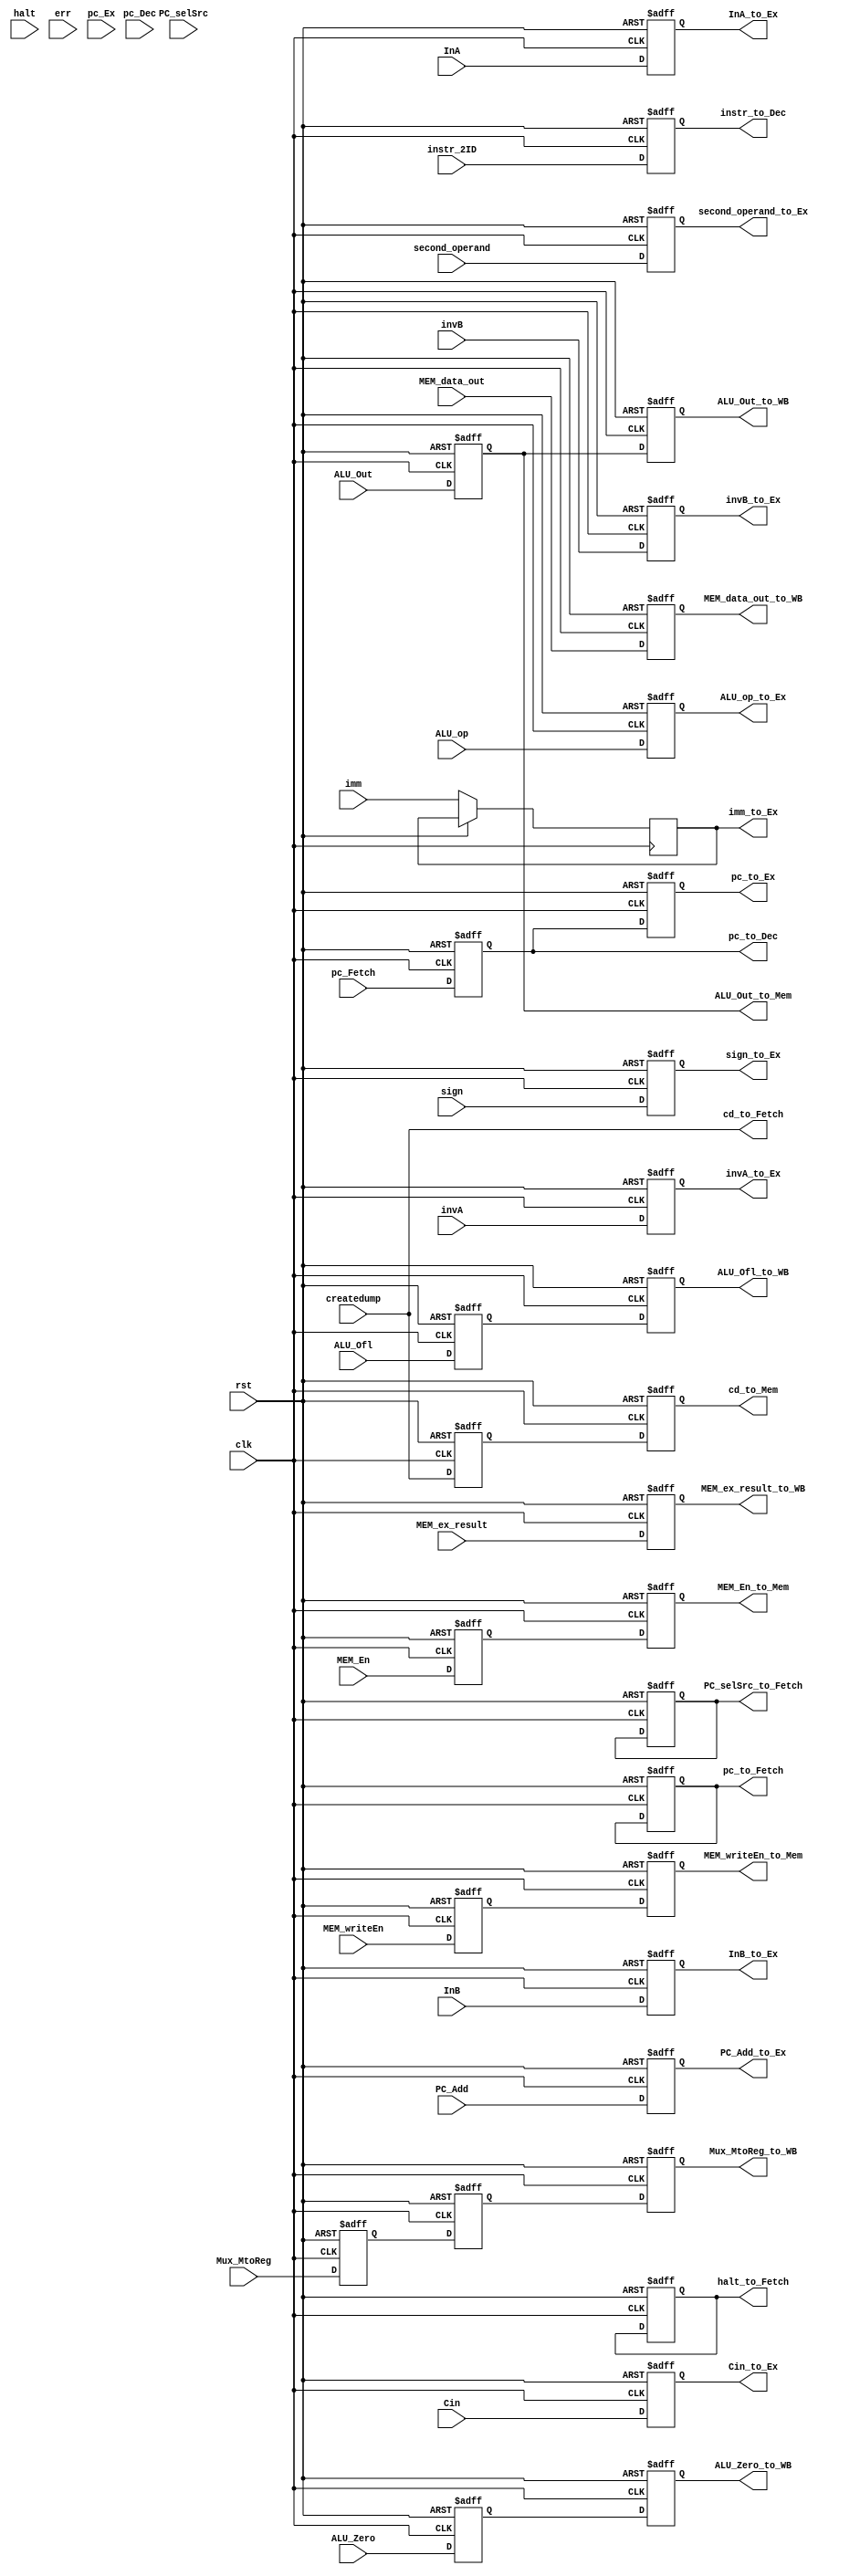
 module pipeline_ctrl(

	// Inputs
	input clk, rst,
	// From fetch
	input [15:0] pc_Fetch,
	input [15:0] instr_2ID,
	
	// From decode
	input createdump, halt, err,
	input Cin, invA, invB, sign,
	input MEM_En, MEM_writeEn, Mux_MtoReg,
	input [15:0] InA, InB, imm,
	input [15:0] pc_Dec,
	input PC_selSrc,
	input [1:0] PC_Add, second_operand,
	input [2:0] ALU_op,

	// From execute
	input ALU_Zero, ALU_Ofl,
	input [15:0] ALU_Out,
	input [15:0] pc_Ex,
	
	// From memory
	input [15:0] MEM_ex_result, MEM_data_out,
	
	// Outputs
	output reg [15:0] pc_to_Dec, pc_to_Ex, pc_to_Fetch,			// PC signals
	output reg [15:0] instr_to_Dec,								// Instruction signal
	output reg cd_to_Mem,										// Createdump
	output reg halt_to_Fetch,									// Halt
	output reg PC_selSrc_to_Fetch,								// PC source selection signal
	
	output reg Cin_to_Ex, invA_to_Ex, invB_to_Ex, sign_to_Ex,	// ALU select signals
	output reg [1:0] PC_Add_to_Ex, second_operand_to_Ex,		// PC_Add and second_operand sent to Ex stage
	output reg [2:0] ALU_op_to_Ex,								// ALU operation signal
	output reg ALU_Zero_to_WB, ALU_Ofl_to_WB,					// ALU Sign/Ofl flags
	output reg [15:0] ALU_Out_to_Mem, ALU_Out_to_WB,			// Output from Ex stage to Mem stage
	output reg [15:0] InA_to_Ex, InB_to_Ex, 					// Inputs to Ex stage
	output reg [15:0] imm_to_Ex,
	
	output reg MEM_En_to_Mem,									// Memory enable signal
	output reg MEM_writeEn_to_Mem,								// Memory write enable signal
	
	output reg [15:0] MEM_ex_result_to_WB,						// Execute stage result, but from memory
	output reg [15:0] MEM_data_out_to_WB,						// Data memory read result
	
	output reg Mux_MtoReg_to_WB,								// Write-back MUX signal 
		
	// Signals that are not pipelined
	output cd_to_Fetch											// Createdump to Fetch stage

	);
	
	reg pause_IF_ID, pause_ID_Ex, pause_Ex_Mem, pause_Mem_WB;	// Used to pause different pipeline modules
	
	reg PC_selSrc_to_Ex;
	reg cd_to_Ex;
	
	reg MEM_En_to_Ex, MEM_writeEn_to_Ex;
	
	reg ALU_Zero_to_Mem;										// ALU_Zero signals 
	reg ALU_Ofl_to_Mem;											// ALU_Ofl signals
	
	reg halt_to_Ex, halt_to_Mem, halt_to_WB;
	
	reg Mux_MtoREg_to_Ex, Mux_MtoREg_to_Mem;
	
	// Registers to hold register addresses (one bit more to distinguish whether they exist or not)
	reg [3:0] IF_ID_Rd, ID_EX_Rd, EX_MEM_Rd;
	reg [3:0] IF_ID_Rs, ID_EX_Rs, EX_MEM_Rs;
	reg [3:0] IF_ID_Rt, ID_EX_Rt, EX_MEM_Rt;
	
	// Signal pipelines
	always @(posedge clk, posedge rst) begin
		
		case (rst)

			1'b1:	begin
			
				pc_to_Dec 				<= 16'h0000	;
				pc_to_Ex 				<= 16'h0000	;
				pc_to_Fetch 			<= 16'h0000	;
				instr_to_Dec 			<= 16'h0000	;				
				cd_to_Mem				<= 1'b0		;							
				halt_to_Fetch			<= 1'b0		;		
				halt_to_Ex				<= 1'b0		;
				halt_to_Mem				<= 1'b0		;
				halt_to_WB				<= 1'b0		;
				PC_selSrc_to_Fetch		<= 1'b0		;					
		
				Cin_to_Ex				<= 1'b0		;
				invA_to_Ex				<= 1'b0		;
				invB_to_Ex				<= 1'b0		;
				sign_to_Ex				<= 1'b0		;	
				PC_Add_to_Ex			<= 2'b00	;
				second_operand_to_Ex	<= 2'b00	;		
				ALU_op_to_Ex			<= 3'b000	;										
				ALU_Out_to_Mem			<= 16'h0000	;	
				ALU_Out_to_WB			<= 16'h0000	;				
		
				MEM_En_to_Mem			<= 1'b0		;								
				MEM_writeEn_to_Mem		<= 1'b0		;								
		
				MEM_ex_result_to_WB		<= 16'h0000	;						
				MEM_data_out_to_WB		<= 16'h0000	;					
		
				Mux_MtoREg_to_Ex		<= 1'b0		;
				Mux_MtoREg_to_Mem		<= 1'b0		;			
				Mux_MtoReg_to_WB		<= 1'b0		;
				
				PC_selSrc_to_Ex			<= 1'b0		;
				cd_to_Ex				<= 1'b0		;
				MEM_En_to_Ex			<= 1'b0		;
				MEM_writeEn_to_Ex		<= 1'b0		;
				ALU_Zero_to_Mem			<= 1'b0		;
				ALU_Zero_to_WB			<= 1'b0		;
				ALU_Ofl_to_Mem			<= 1'b0		;
				ALU_Ofl_to_WB			<= 1'b0		;
				
				InA_to_Ex				<= 16'h0000	;
				InB_to_Ex				<= 16'h0000	;
			
			end
			
			1'b0:	begin
			
				// IF/ID
				pc_to_Dec 				<= pc_Fetch				;
				instr_to_Dec 			<= instr_2ID			;
				
				// ID/EX
				pc_to_Ex				<= pc_to_Dec			;
				halt_to_Ex 				<= halt					;
				PC_selSrc_to_Ex			<= PC_selSrc			;
				cd_to_Ex				<= createdump			;
				Cin_to_Ex				<= Cin					;
				invA_to_Ex				<= invA					;
				invB_to_Ex				<= invB					;
				sign_to_Ex				<= sign					;
				PC_Add_to_Ex			<= PC_Add				;
				second_operand_to_Ex	<= second_operand		;
				ALU_op_to_Ex			<= ALU_op				;
				MEM_En_to_Ex			<= MEM_En				;
				MEM_writeEn_to_Ex		<= MEM_writeEn			;
				Mux_MtoREg_to_Ex		<= Mux_MtoReg			;
				InA_to_Ex				<= InA					;
				InB_to_Ex				<= InB					;
				imm_to_Ex				<= imm					;
				
				// EX/MEM
				cd_to_Mem				<= cd_to_Ex				;
				halt_to_Mem				<= halt_to_Ex			;
				ALU_Out_to_Mem			<= ALU_Out				;
				ALU_Zero_to_Mem			<= ALU_Zero				;
				ALU_Ofl_to_Mem			<= ALU_Ofl				;
				MEM_En_to_Mem			<= MEM_En_to_Ex			;
				MEM_writeEn_to_Mem		<= MEM_writeEn_to_Ex	;
				Mux_MtoREg_to_Mem		<= Mux_MtoREg_to_Ex		;
				
				// MEM/WB
				MEM_ex_result_to_WB		<= MEM_ex_result		;
				MEM_data_out_to_WB		<= MEM_data_out			;
				Mux_MtoReg_to_WB		<= Mux_MtoREg_to_Mem	;
				ALU_Out_to_WB			<= ALU_Out_to_Mem		;
				ALU_Zero_to_WB			<= ALU_Zero_to_Mem		;
				ALU_Ofl_to_WB			<= ALU_Ofl_to_Mem		;
				halt_to_WB				<= halt_to_Mem			;
				
			
			end
		
			default:	begin
			
				pc_to_Dec 				<= 16'h0000	;
				pc_to_Ex 				<= 16'h0000	;
				pc_to_Fetch 			<= 16'h0000	;
				instr_to_Dec 			<= 16'h0000	;				
				cd_to_Mem				<= 1'b0		;							
				halt_to_Fetch			<= 1'b0		;		
				halt_to_Ex				<= 1'b0		;
				halt_to_Mem				<= 1'b0		;
				halt_to_WB				<= 1'b0		;
				PC_selSrc_to_Fetch		<= 1'b0		;					
		
				Cin_to_Ex				<= 1'b0		;
				invA_to_Ex				<= 1'b0		;
				invB_to_Ex				<= 1'b0		;
				sign_to_Ex				<= 1'b0		;	
				PC_Add_to_Ex			<= 2'b00	;
				second_operand_to_Ex	<= 2'b00	;		
				ALU_op_to_Ex			<= 3'b000	;									
				ALU_Out_to_Mem			<= 16'h0000	;							
		
				MEM_En_to_Mem			<= 1'b0		;								
				MEM_writeEn_to_Mem		<= 1'b0		;								
		
				MEM_ex_result_to_WB		<= 16'h0000	;						
				MEM_data_out_to_WB		<= 16'h0000	;					
		
				Mux_MtoREg_to_Ex		<= 1'b0		;
				Mux_MtoREg_to_Mem		<= 1'b0		;			
				Mux_MtoReg_to_WB		<= 1'b0		;
				
				PC_selSrc_to_Ex			<= 1'b0		;
				cd_to_Ex				<= 1'b0		;
				MEM_En_to_Ex			<= 1'b0		;
				MEM_writeEn_to_Ex		<= 1'b0		;
				ALU_Zero_to_Mem			<= 1'b0		;
				ALU_Zero_to_WB			<= 1'b0		;
				ALU_Ofl_to_Mem			<= 1'b0		;
				ALU_Ofl_to_WB			<= 1'b0		;
				
				InA_to_Ex				<= 16'h0000	;
				InB_to_Ex				<= 16'h0000	;
				imm_to_Ex				<= 16'h0000	;
			
			end
		
		endcase
	
	end
	
	// Register address extraction
	always@(*) begin
	
		case(instr_2ID[15: 11])
		
			// J-Type
			00000, 00001, 00100, 00110, 00010, 00011	:	begin
			
				IF_ID_Rd = 4'hF;
				IF_ID_Rs = 4'hF;
				IF_ID_Rt = 4'hF;
			
			end
			
			// I-Type 1
			01000, 01001, 01010, 01011, 10100, 10101, 10110, 10111, 10000, 10001, 10011	:	begin
			
				IF_ID_Rd = instr_2ID[7:5];
				IF_ID_Rs = instr_2ID[10:8];
				IF_ID_Rt = 4'hF;
			
			end
			
			// I-Type 2
			01100, 01101, 01110, 01111, 11000, 10010, 00101, 00111	:	begin
			
				IF_ID_Rd = 4'hF;
				IF_ID_Rs = instr_2ID[10:8];
				IF_ID_Rt = 4'hF;
			
			end
			
			// R-Type
			11011, 11010, 11100, 11101, 11110, 11111	:	begin
			
				IF_ID_Rd = instr_2ID[4:2];
				IF_ID_Rs = instr_2ID[10:8];
				IF_ID_Rt = instr_2ID[7:5];
			
			end
			
			// Special
			11001	:	begin
				
				IF_ID_Rd = instr_2ID[4:2];
				IF_ID_Rs = instr_2ID[10:8];
				IF_ID_Rt = 4'hF;
				
			end
			
			default	:	begin
			
				IF_ID_Rd = 4'hF;
				IF_ID_Rs = 4'hF;
				IF_ID_Rt = 4'hF;
			
			end
		
		endcase
	
	end
	
	// Register address pipeline_ctrl
	always@(posedge clk, posedge rst) begin

		case (rst)

			1'b1:	begin
			
				ID_EX_Rd <= 4'hF;
				ID_EX_Rs <= 4'hF;
				ID_EX_Rt <= 4'hF;
				
				EX_MEM_Rd <= 4'hF;
				EX_MEM_Rs <= 4'hF;
				EX_MEM_Rt <= 4'hF;
			
			end
			
			1'b0:	begin
			
				ID_EX_Rd <= IF_ID_Rd;
				EX_MEM_Rd <= ID_EX_Rd;
				
				ID_EX_Rs <= IF_ID_Rs;
				EX_MEM_Rs <= ID_EX_Rs;
				
				ID_EX_Rt <= IF_ID_Rt;
				EX_MEM_Rt <= ID_EX_Rt;
			
			end
		
			default:	begin
			
				ID_EX_Rd <= 4'hF;
				ID_EX_Rs <= 4'hF;
				ID_EX_Rt <= 4'hF;
				
				EX_MEM_Rd <= 4'hF;
				EX_MEM_Rs <= 4'hF;
				EX_MEM_Rt <= 4'hF;
			
			end
		
		endcase
	
	end
	
	// Pause signal (used to pause the entire pipeline)
	always@(posedge clk, posedge rst) begin
	
		case (rst)

			1'b1:	begin
			
				pause_IF_ID 	<= 1'b0;
				pause_ID_Ex 	<= 1'b0;
				pause_Ex_Mem 	<= 1'b0;
				pause_Mem_WB 	<= 1'b0;
			
			end
			
			1'b0:	begin
			
				
			
			end
		
			default:	begin
			
			end
		
		endcase
	
	end
	
	assign cd_to_Fetch = createdump;
	
endmodule